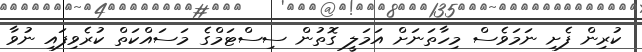
ކުރިން ފެށި ނަމަވެސް މިހާތަނަށް އަމަލީ ގޮތުން ސިސްޓަމްގެ މަސައްކަތް ކުރެވިފައި ނުވާ